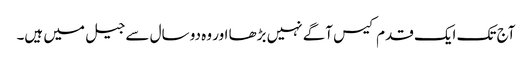
آج تک ایک قدم کیس آگے نہیں بڑھا اور وہ دو سال سے جیل میں ہیں۔